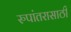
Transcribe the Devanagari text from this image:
रुपांतरासाठी